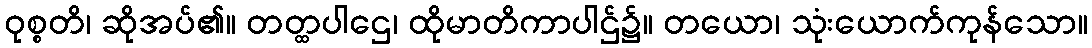
ဝုစ္စတိ၊ ဆိုအပ်၏။ တတ္ထပါဌေ၊ ထိုမာတိကာပါဌ်၌။ တယော၊ သုံးယောက်ကုန်သော။